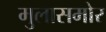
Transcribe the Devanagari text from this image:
मुलासमोर